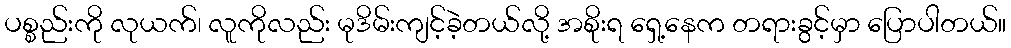
ပစ္စည်းကို လုယက်၊ လူကိုလည်း မုဒိမ်းကျင့်ခဲ့တယ်လို့ အစိုးရ ရှေ့နေက တရားခွင့်မှာ ပြောပါတယ်။